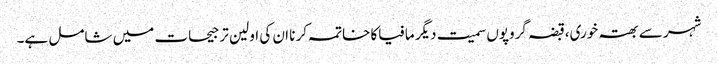
شہر سے بھتہ خوری،قبضہ گروپوں سمیت دیگر مافیاکا خاتمہ کر نا ان کی اولین تر جیحات میں شامل ہے۔